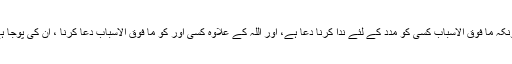
کیونکہ ما فوق الاسباب کسی کو مدد کے لئے ندا کرنا دعا ہے، اور اللہ کے علاوہ کسی اور کو ما فوق الاسباب دعا کرنا ، ان کی پوجا ہے!